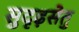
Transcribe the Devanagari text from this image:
सुदृढ़सेतु